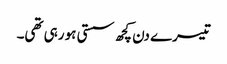
تیسرے دن کچھ سستی ہو رہی تھی۔